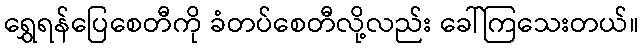
ရွှေရန်ပြေစေတီကို ခံတပ်စေတီလို့လည်း ခေါ်ကြသေးတယ်။